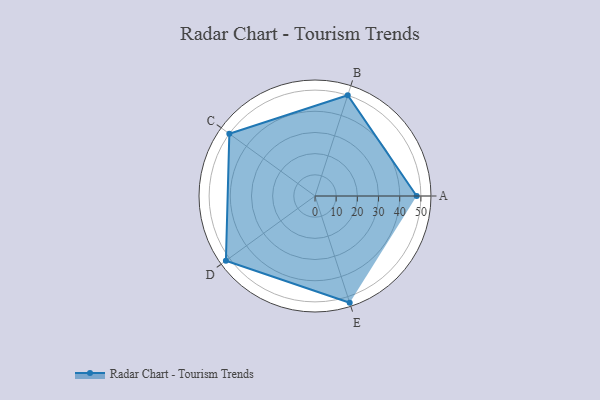
{"axis": {"x": "Skill", "y": "Score"}, "legend": ["Profile"], "data": [{"x": "A", "y": 48.0, "type": "Profile"}, {"x": "B", "y": 50.0, "type": "Profile"}, {"x": "C", "y": 50.0, "type": "Profile"}, {"x": "D", "y": 52.0, "type": "Profile"}, {"x": "E", "y": 53.0, "type": "Profile"}]}